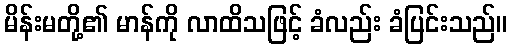
မိန်းမတို့၏ မာန်ကို လာထိသဖြင့် ခံလည်း ခံပြင်းသည်။